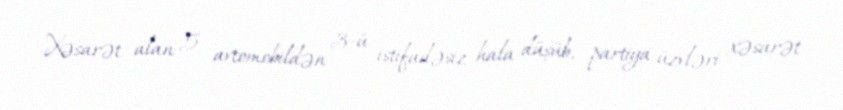
Xəsarət alan 5 avtomobildən 3-ü istifadəsiz hala düşüb, partiya üzvləri xəsarət